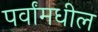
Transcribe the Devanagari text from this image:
पर्वांमधील